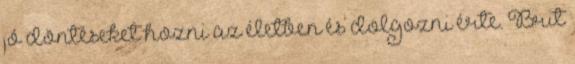
jó döntéseket hozni az életben és dolgozni érte. Brit